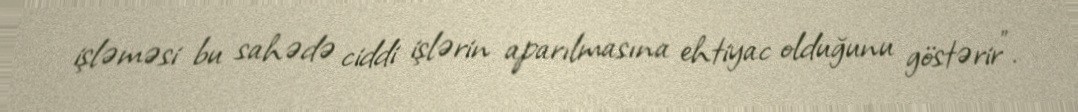
işləməsi bu sahədə ciddi işlərin aparılmasına ehtiyac olduğunu göstərir".